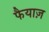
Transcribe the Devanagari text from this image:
फैयाज़